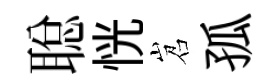
聪恍岧孤